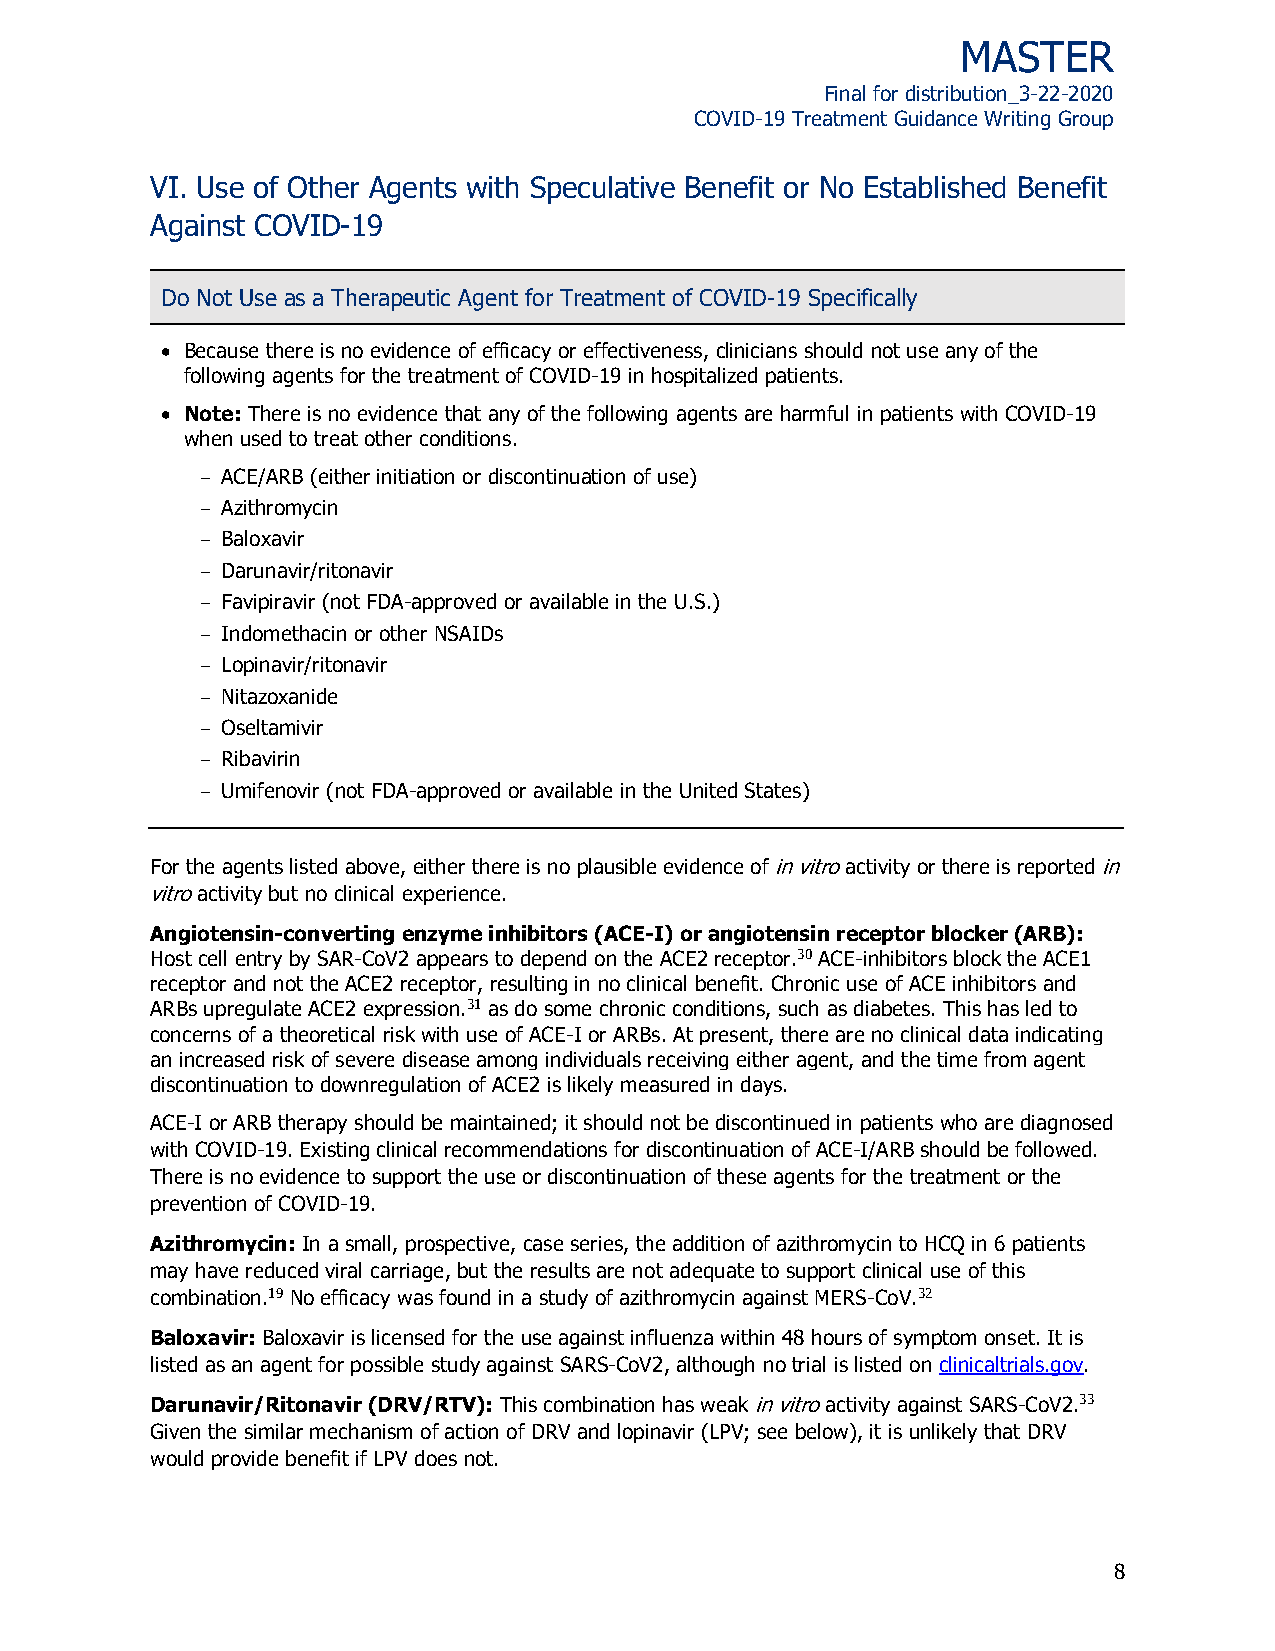
MASTER
 Final for distribution_3-22-2020
 COVID-19 Treatment Guidance Writing Group
 VI. Use of Other Agents with Speculative Benefit or No Established Benefit
 Against COVID-19
 Do Not Use as a Therapeutic Agent for Treatment of COVID-19 Specifically
  Because there is no evidence of efficacy or effectiveness, clinicians should not use any of the
 following agents for the treatment of COVID-19 in hospitalized patients.
  Note: There is no evidence that any of the following agents are harmful in patients with COVID-19
 when used to treat other conditions.
 ACE/ARB (either initiation or discontinuation of use)
 Azithromycin
 Baloxavir
 Darunavir/ritonavir
 Favipiravir (not FDA-approved or available in the U.S.)
 Indomethacin or other NSAIDs
 Lopinavir/ritonavir
 Nitazoxanide
 Oseltamivir
 Ribavirin
 Umifenovir (not FDA-approved or available in the United States)
 For the agents listed above, either there is no plausible evidence of in vitro activity or there is reported in
 vitro activity but no clinical experience.
 Angiotensin-converting enzyme inhibitors (ACE-I) or angiotensin receptor blocker (ARB):
 Host cell entry by SAR-CoV2 appears to depend on the ACE2 receptor.30 ACE-inhibitors block the ACE1
 receptor and not the ACE2 receptor, resulting in no clinical benefit. Chronic use of ACE inhibitors and
 ARBs upregulate ACE2 expression.31 as do some chronic conditions, such as diabetes. This has led to
 concerns of a theoretical risk with use of ACE-I or ARBs. At present, there are no clinical data indicating
 an increased risk of severe disease among individuals receiving either agent, and the time from agent
 discontinuation to downregulation of ACE2 is likely measured in days.
 ACE-I or ARB therapy should be maintained; it should not be discontinued in patients who are diagnosed
 with COVID-19. Existing clinical recommendations for discontinuation of ACE-I/ARB should be followed.
 There is no evidence to support the use or discontinuation of these agents for the treatment or the
 prevention of COVID-19.
 Azithromycin: In a small, prospective, case series, the addition of azithromycin to HCQ in 6 patients
 may have reduced viral carriage, but the results are not adequate to support clinical use of this
 combination.19 No efficacy was found in a study of azithromycin against MERS-CoV.32
 Baloxavir: Baloxavir is licensed for the use against influenza within 48 hours of symptom onset. It is
 listed as an agent for possible study against SARS-CoV2, although no trial is listed on clinicaltrials.gov.
 Darunavir/Ritonavir (DRV/RTV): This combination has weak in vitro activity against SARS-CoV2.33
 Given the similar mechanism of action of DRV and lopinavir (LPV; see below), it is unlikely that DRV
 would provide benefit if LPV does not.
 8